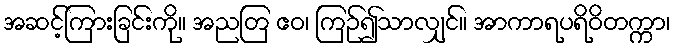
အဆင့်ကြားခြင်းကို။ အညတြ ဧဝ၊ ကြဉ်၍သာလျှင်။ အာကာရပရိဝိတက္ကာ၊